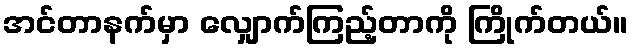
အင်တာနက်မှာ လျှောက်ကြည့်တာကို ကြိုက်တယ်။